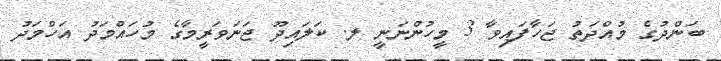
ބަންދުގެ މުއްދަތު ޖަހާފައިވާ 3 މީހުންނަނީ ލ. ކަލައިދޫ ޖަނަވަރީމާގެ މުހައްމަދު އަހްމަދު